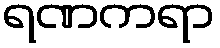
ရဏကရာ